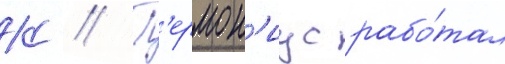
К // Г'ермон'иус рабо́тал